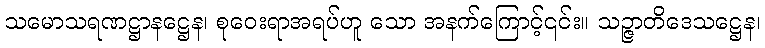
သမောသရဏဋ္ဌာနဋ္ဌေန၊ စုဝေးရာအရပ်ဟူ သော အနက်ကြောင့်၎င်း။ သဉ္ဇာတိဒေသဋ္ဌေန၊